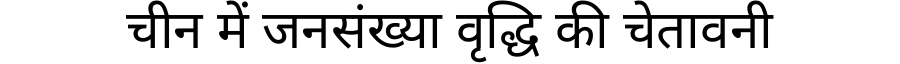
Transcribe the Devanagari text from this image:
चीन में जनसंख्या वृद्धि की चेतावनी